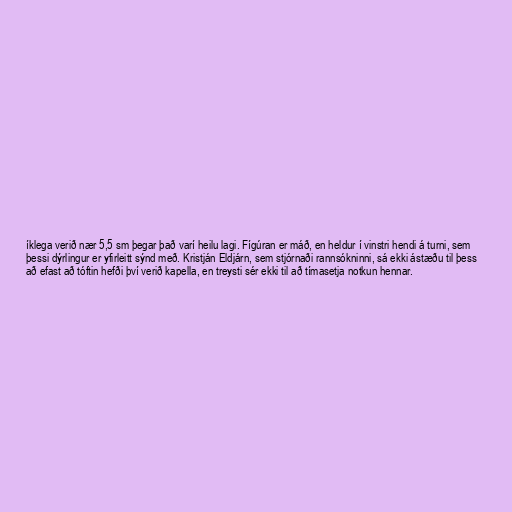
íklega verið nær 5,5 sm þegar það varí heilu lagi. Fígúran er máð, en heldur í vinstri hendi á turni, sem
þessi dýrlingur er yfirleitt sýnd með. Kristján Eldjárn, sem stjórnaði rannsókninni, sá ekki ástæðu til þess
að efast að tóftin hefði því verið kapella, en treysti sér ekki til að tímasetja notkun hennar.